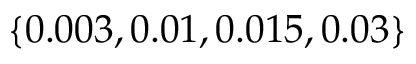
\left\lbrace 0 . 0 0 3 , 0 . 0 1 , 0 . 0 1 5 , 0 . 0 3 \right\rbrace